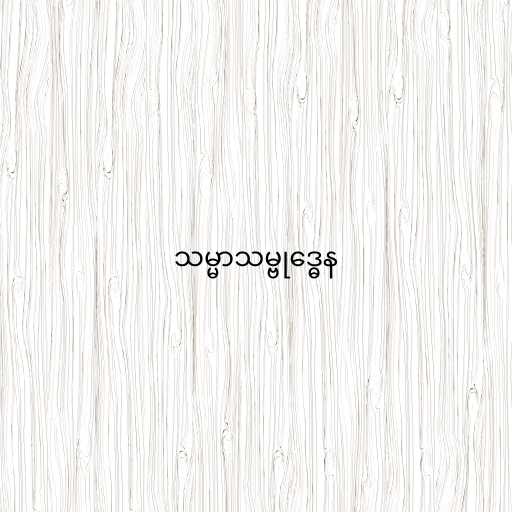
သမ္မာသမ္ဗုဒ္ဓေန